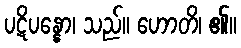
ပဋိပန္နော၊ သည်။ ဟောတိ၊ ၏။